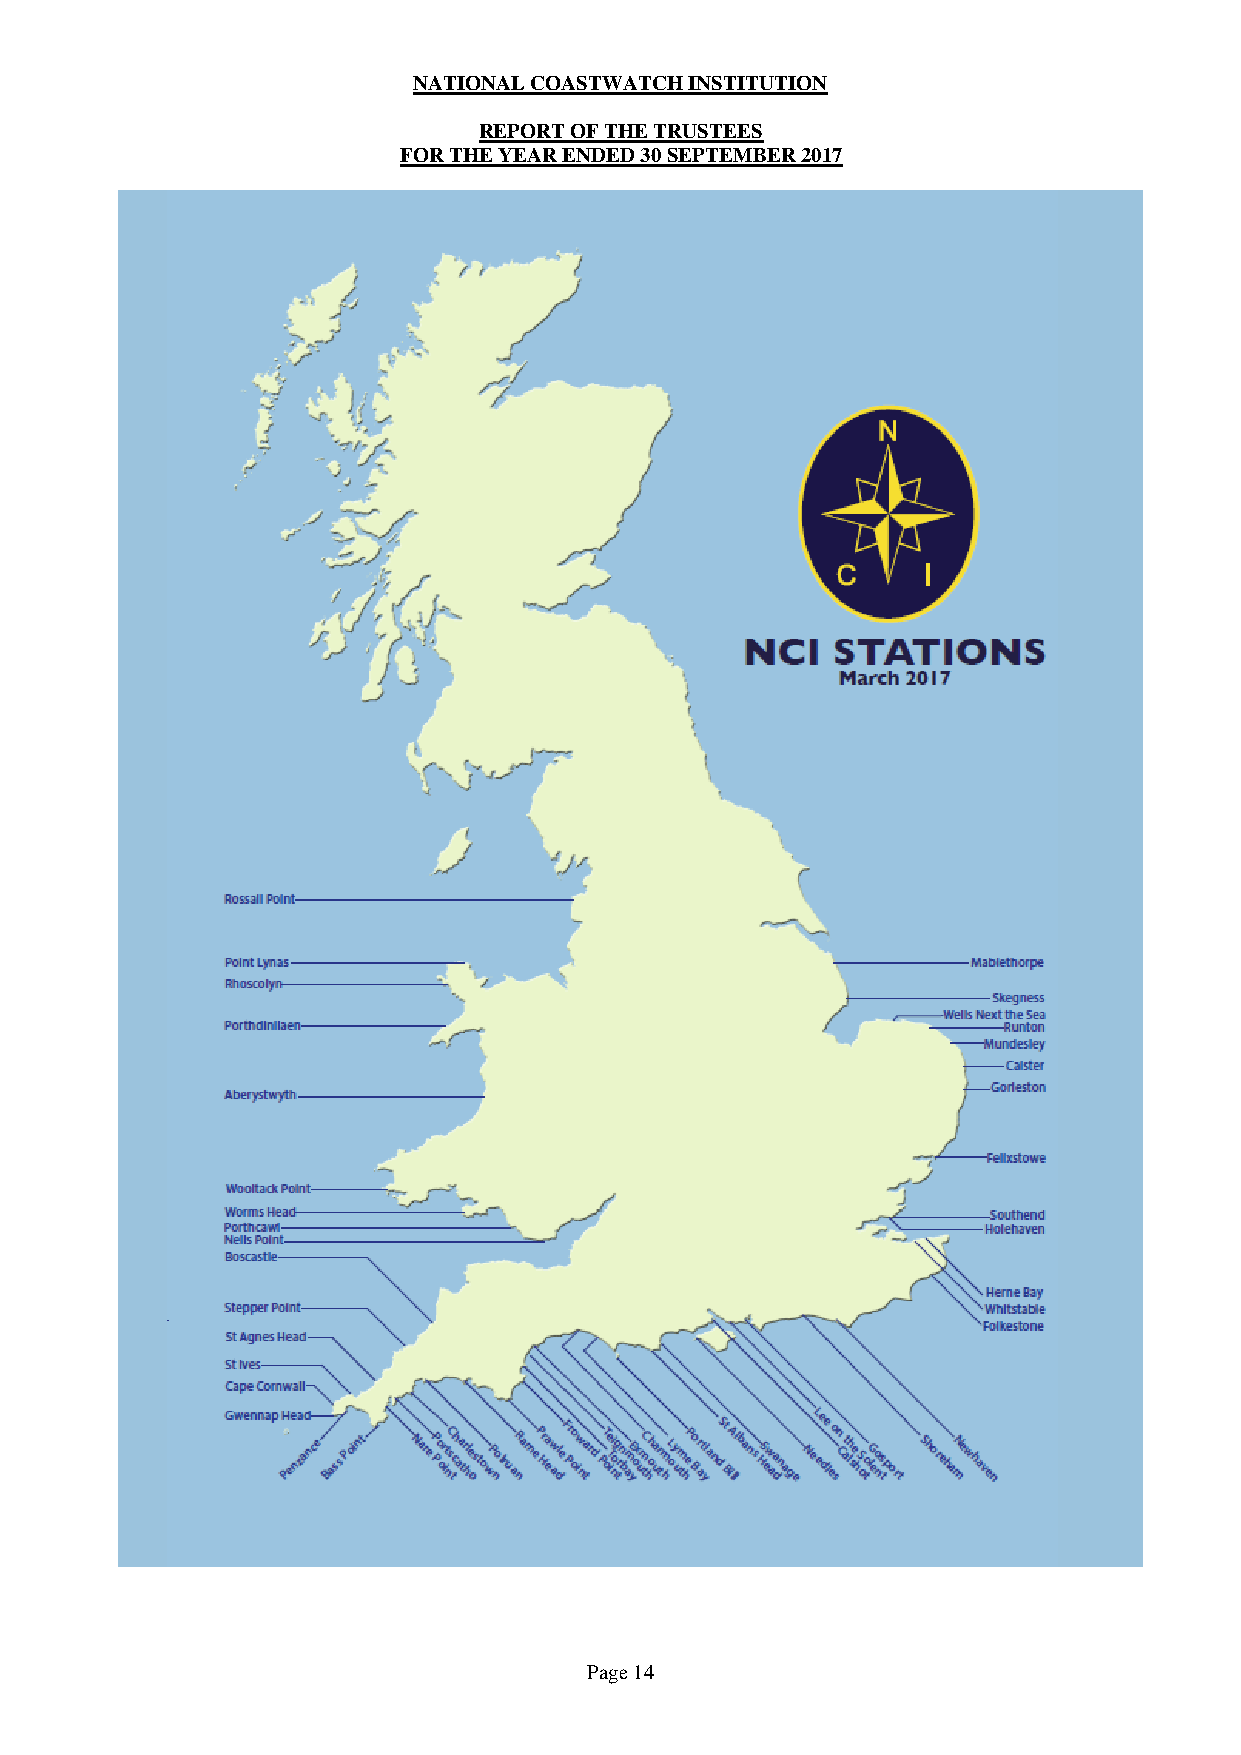
NATIONAL COASTWATCH INSTITUTION
 REPORT OF THE TRUSTEES
 FOR THE YEAR ENDED 30 SEPTEMBER 2017
 Page 14